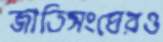
জাতিসংঘেরও